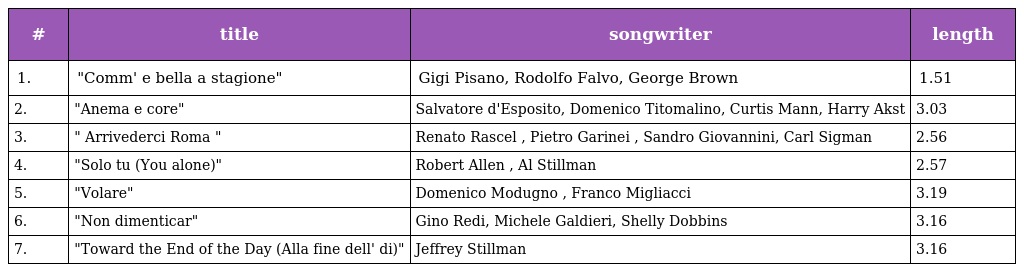
| # | title | songwriter | length |
 | --- | --- | --- | --- |
 | 1. | "Comm' e bella a stagione" | Gigi Pisano, Rodolfo Falvo, George Brown | 1.51 |
 | 2. | "Anema e core" | Salvatore d'Esposito, Domenico Titomalino, Curtis Mann, Harry Akst | 3.03 |
 | 3. | " Arrivederci Roma " | Renato Rascel , Pietro Garinei , Sandro Giovannini, Carl Sigman | 2.56 |
 | 4. | "Solo tu (You alone)" | Robert Allen , Al Stillman | 2.57 |
 | 5. | "Volare" | Domenico Modugno , Franco Migliacci | 3.19 |
 | 6. | "Non dimenticar" | Gino Redi, Michele Galdieri, Shelly Dobbins | 3.16 |
 | 7. | "Toward the End of the Day (Alla fine dell' di)" | Jeffrey Stillman | 3.16 |